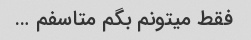
فقط میتونم بگم متاسفم …